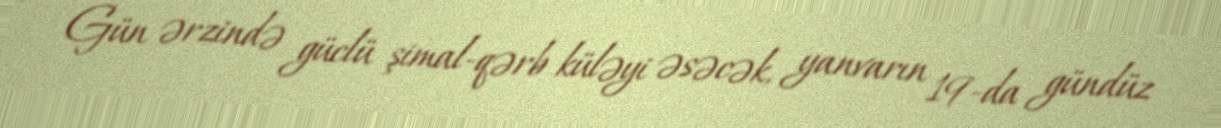
Gün ərzində güclü şimal-qərb küləyi əsəcək, yanvarın 19-da gündüz